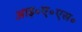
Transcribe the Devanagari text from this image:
आइ॰ए॰एस॰